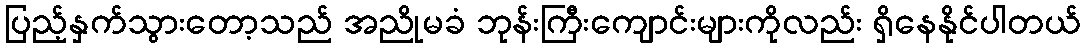
ပြည့်နှက်သွားတော့သည် အညိုမခံ ဘုန်းကြီးကျောင်းများကိုလည်း ရှိနေနိုင်ပါတယ်